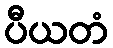
ပီယတံ